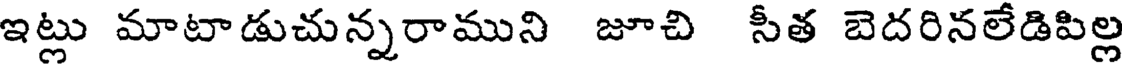
ఇట్లు మాటాడుచున్నరాముని జూచి సీత బెదరినలేడిపిల్ల